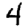
Digit: 4